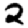
Digit: 2